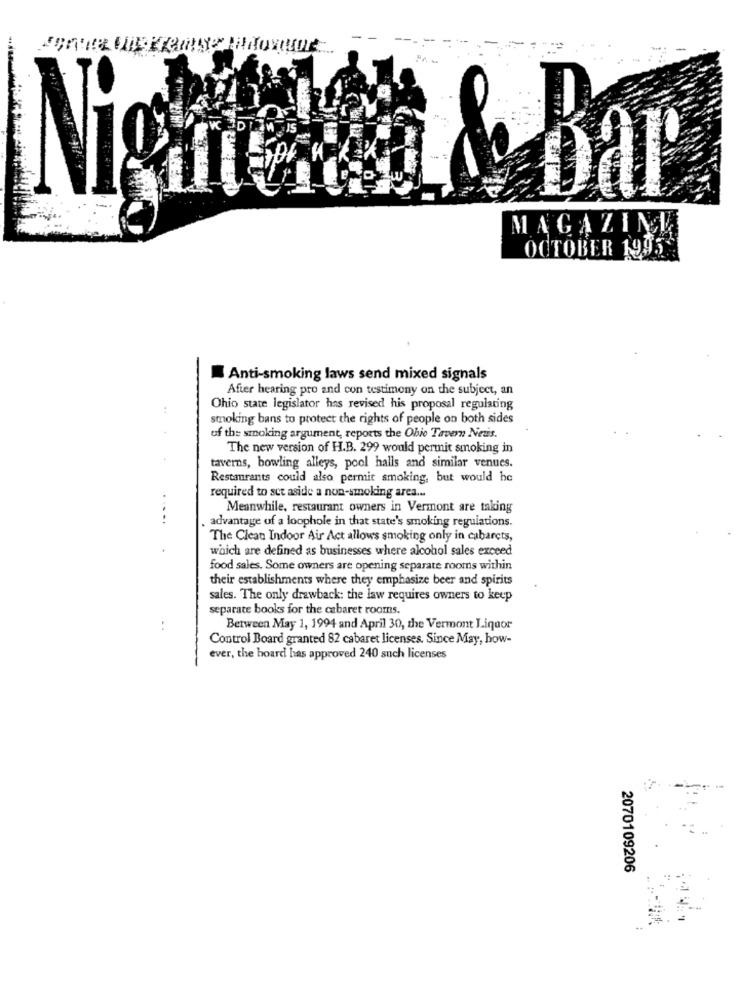
Nigneb â & Bar
MAGAZIN
OCTOBER 1995
Anti-smoking laws send mixed signals
After hearing pro and con testimony on the subject, an
Ohio state legislator has revised his proposal regulating
smoking bans to protect the rights of people on both sides
of the smoking argument, reports the Ohio Tavern Neuis.
The new version of H.B. 299 would permit smoking in
taverns, bowling alleys, pool halls and similar venues.
Restaurants could also permit smoking, but would be
required to set aside a non-smoking area ...
Meanwhile, restaurant owners in Vermont are taking
..
advantage of a loophole in that state's smoking regulations.
The Clean Indoor Air Act allows smoking only in cabarets,
which are defined as businesses where alcohol sales exceed
food sales. Some owners are opening separate rooms within
their establishments where they emphasize beer and spirits
sales. The only drawback: the law requires owners to keep
separate books for the cabaret rooms.
Between May 1, 1994 and April 30, the Vermont Liquor
Control Board granted 82 cabaret licenses. Since May, how-
ever, the board has approved 240 such licenses
2070109206